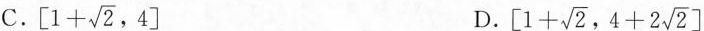
C. [1+\sqrt{2} , 4] D.[ \left[1+ \sqrt{2},4+2 \sqrt{2}\right]